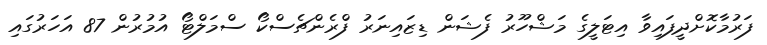
ފަރުމާކޮށްދީފައިވާ އިޓަލީގެ މަޝްހޫރު ފެޝަން ޑިޒައިނަރު ފްރެންޗެސްކޯ ސްމަލްޓޯ އުމުރުން 87 އަހަރުގައި